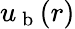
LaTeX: u_{\mathrm{~b~}}(r)